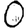
Digit: 0